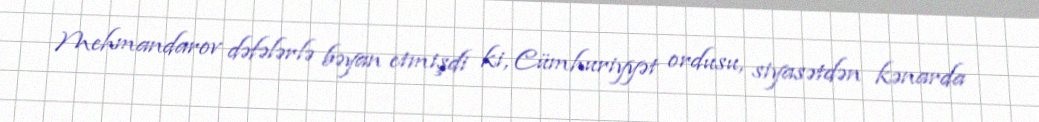
Mehmandarov dəfələrlə bəyan etmişdi ki, Cümhuriyyət ordusu, siyasətdən kənarda